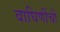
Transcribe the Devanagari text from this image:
वाघिणींची